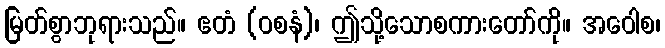
မြတ်စွာဘုရားသည်။ ဧတံ (ဝစနံ)၊ ဤသို့သောစကားတော်ကို။ အဝေါစ၊